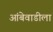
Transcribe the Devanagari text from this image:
आंबेवाडीला